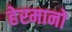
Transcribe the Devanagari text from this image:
हेरमानो